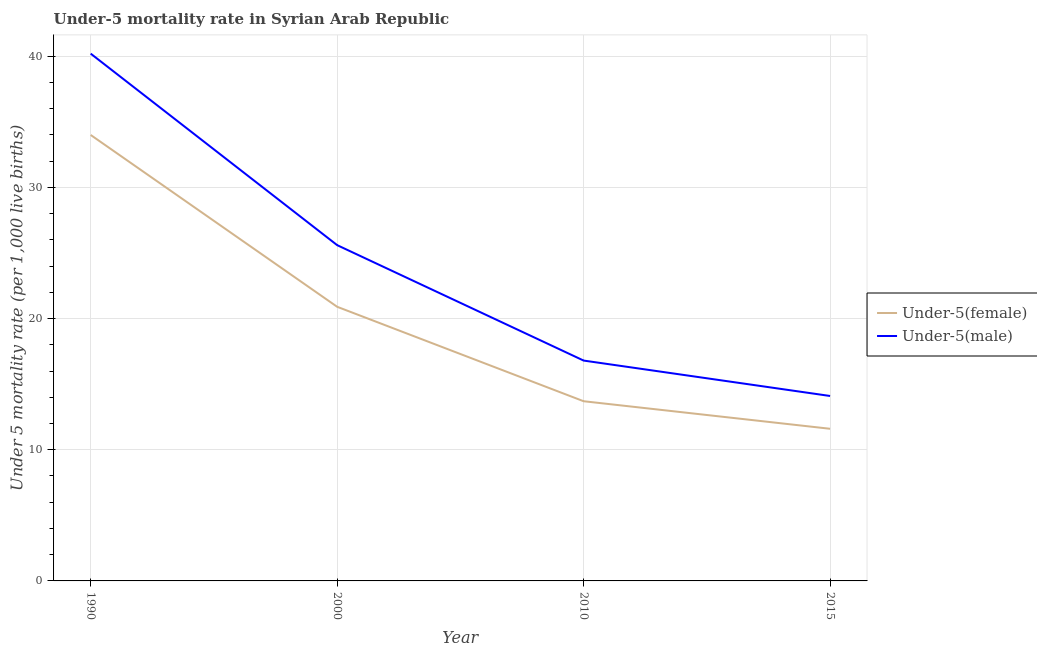
| Year | Under-5(female) | Under-5(male) |
 | --- | --- | --- |
 | 1990 | 34 | 40.2 |
 | 2000 | 20.9 | 25.6 |
 | 2010 | 13.7 | 16.8 |
 | 2015 | 11.6 | 14.1 |